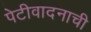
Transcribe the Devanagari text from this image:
पेटीवादनाची